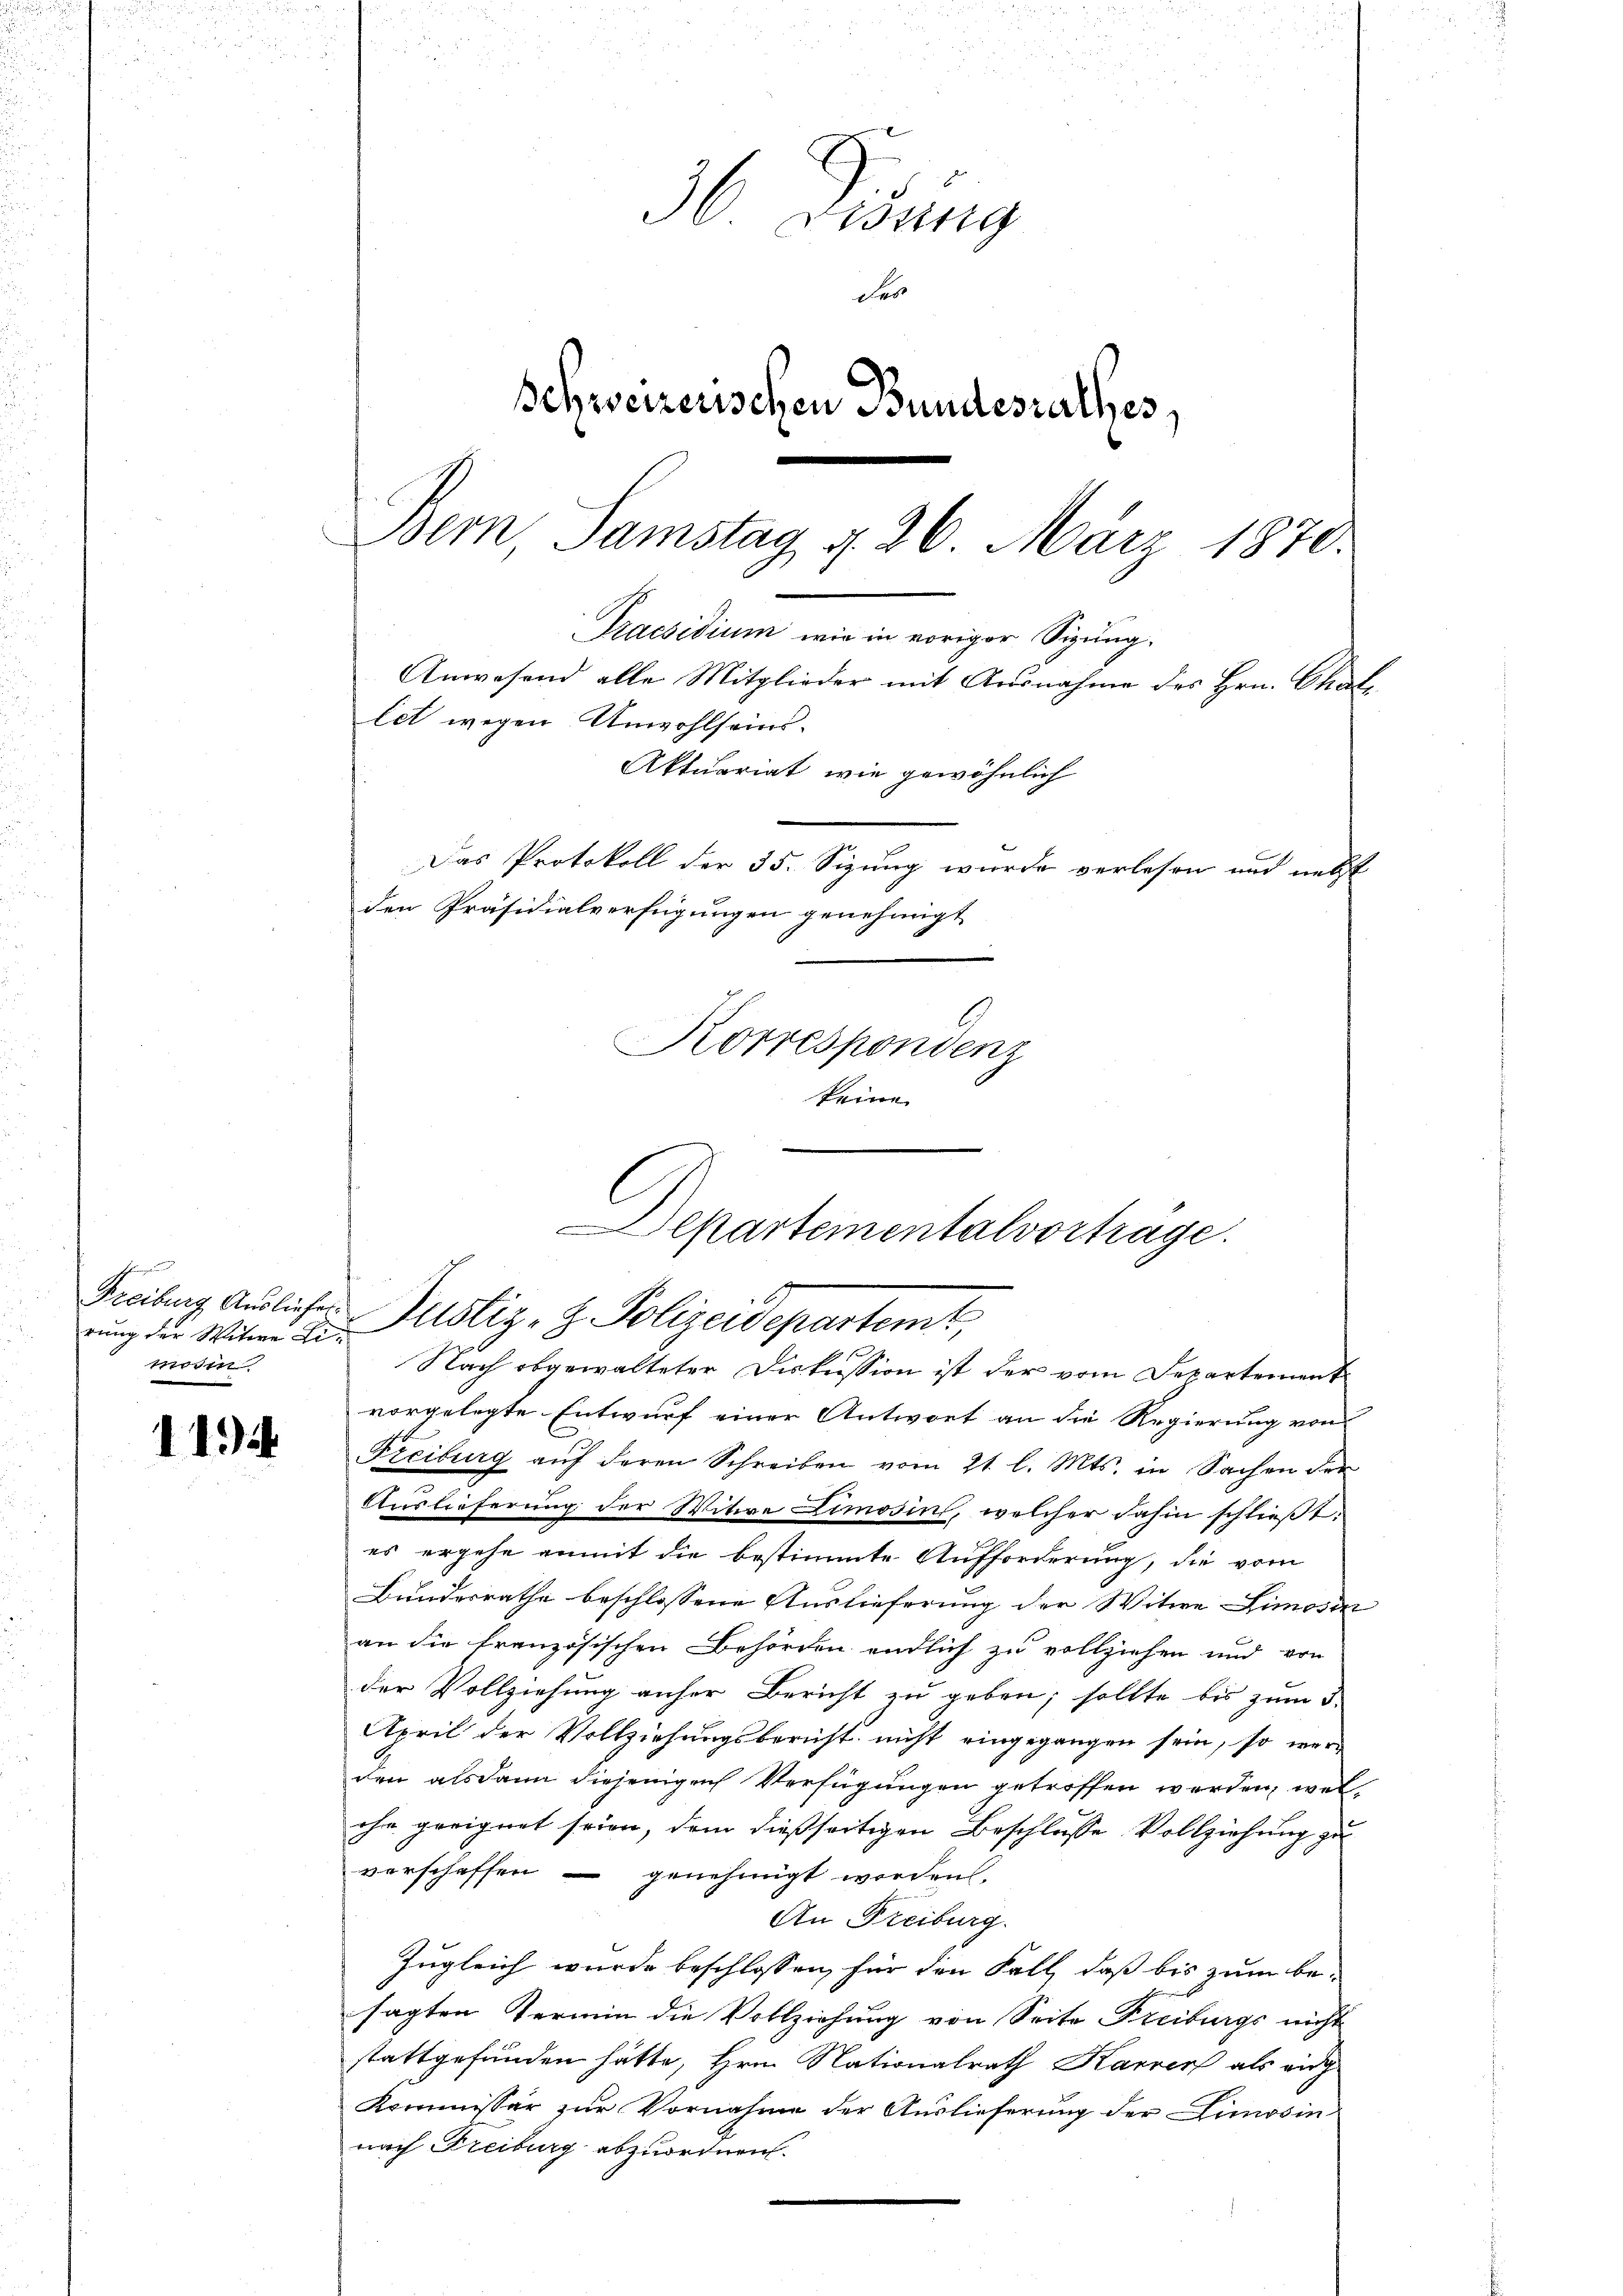
rung der Witwe Limodin

1194

36. Disung
des
Schweizerischen Bundesrathes,
Bern Samstag d. 26. März 1870.

Praesidium wie in voriger Sizung.
Anwesend alle Mitglieder mit Ausnahme des Hrn. Chatlet wegen Unwohlseins.
Aktuariat, wie gewöhnlich
Das Protokoll der 35. Sizung wurde verlesen und nebst
den Präsidialverfügungen genehmigt

Korrespondenz
keine

Departementalvortrage.
Freibung Auslicher Justiz- & Polizeidepartemt

Nach obgewalteter Diskussion ist der vom Departement
vorgelegte Entwurf einer Antwort an die Regierung von
Freiburg aŭf deren Schreiben vom 21. l. Mts. in Sachen der
Auslieferung der Witwe Limosins, welcher dahin schließt:
es ergehe anmit die bestimmte Aufforderung, die vom
Bundesrathe beschlossene Auslieferung der Witwe Limosin
an die französischen Behörden endlich zu vollziehen und von
der Vollziehung anher Bericht zu geben; sollte bis zum d
April der Vollziehungsbericht nicht eingegangen sein, so werden alsdann diejenige Verfügungen getroffen werden, welohn geeignet seien, dem dießseitigen Beschlüsse Vollziehung zu
vorschaffen - genehmigt worden.
An Freiburg.
Zugleich wurde beschlossen, für den Fall, daß bis zum be-
sagten Termin die Vollziehung von Seite Freiburgs nicht
stattgefunden hätte, Hrn. Nationalrath Karrer als eidg
Kommissär zur Vornahme der Auslieferung der Limosin
nach Freiburg abzuordnen.